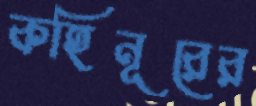
কহিনূরের